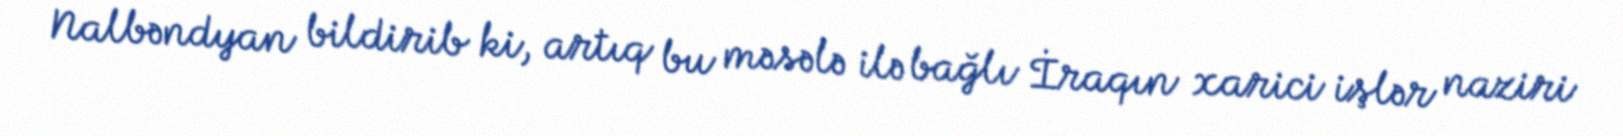
Nalbəndyan bildirib ki, artıq bu məsələ ilə bağlı İraqın xarici işlər naziri